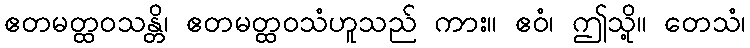
ဧတမတ္ထဝသန္တိ၊ ဧတမတ္ထဝသံဟူသည် ကား။ ဧဝံ၊ ဤသို့။ တေသံ၊